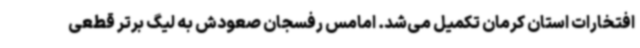
افتخارات استان کرمان تکمیل می‌شد. امامس رفسجان صعودش به لیگ برتر قطعی